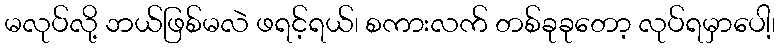
မလုပ်လို့ ဘယ်ဖြစ်မလဲ ဖရင့်ရယ်၊ စကားလက် တစ်ခုခုတော့ လုပ်ရမှာပေါ့၊